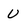
Character: u